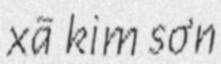
xã kim sơn